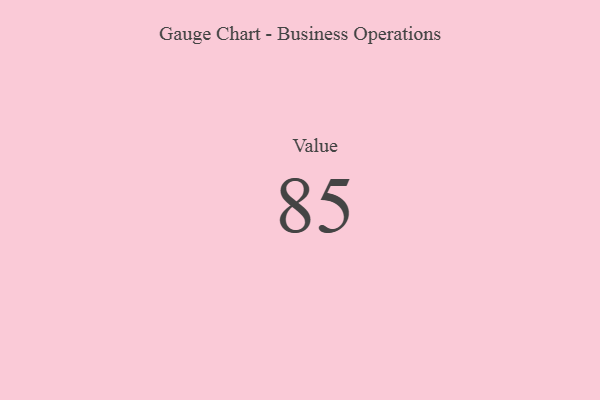
{"axis": {"x": "Metric", "y": "Value"}, "legend": [""], "data": [{"x": "Value", "y": 85, "type": ""}]}